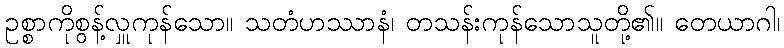
ဥစ္စာကိုစွန့်လှူကုန်သော။ သတံဟဿာနံ၊ တသန်းကုန်သောသူတို့၏။ တေယာဂါ၊